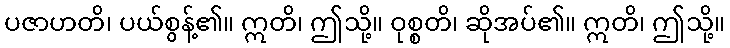
ပဇာဟတိ၊ ပယ်စွန့်၏။ ဣတိ၊ ဤသို့။ ဝုစ္စတိ၊ ဆိုအပ်၏။ ဣတိ၊ ဤသို့။